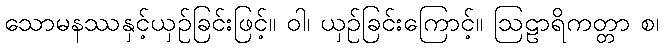
သောမနဿနှင့်ယှဉ်ခြင်းဖြင့်။ ဝါ၊ ယှဉ်ခြင်းကြောင့်။ ဩဠာရိကတ္တာ စ၊